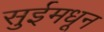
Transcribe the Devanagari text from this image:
सुईमधून